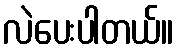
လဲပေးပါတယ်။